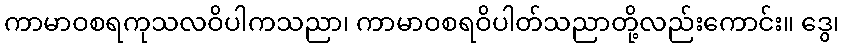
ကာမာဝစရကုသလဝိပါကသညာ၊ ကာမာဝစရဝိပါတ်သညာတို့လည်းကောင်း။ ဒွေ၊